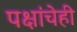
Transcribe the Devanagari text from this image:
पक्षांचेही